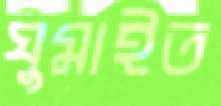
ঘুমাইত